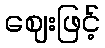
ဈေးဖြင့်